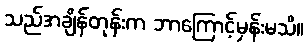
သည်အချိန်တုန်းက ဘာကြောင့်မှန်းမသိ။